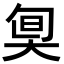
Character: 𡘬